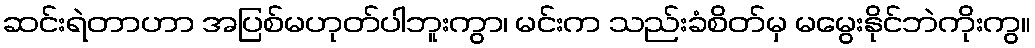
ဆင်းရဲတာဟာ အပြစ်မဟုတ်ပါဘူးကွာ၊ မင်းက သည်းခံစိတ်မှ မမွေးနိုင်ဘဲကိုးကွ။